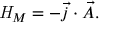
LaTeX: { \it H } _ { M } = - \vec { j } \cdot \vec { A } .